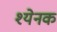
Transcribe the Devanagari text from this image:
श्येनक